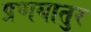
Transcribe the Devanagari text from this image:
प्रणयातुर